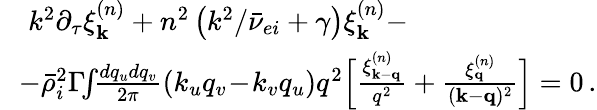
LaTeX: \begin{array}{rl}&{k^{2}\partial_{\tau}\xi_{\textbf{k}}^{(n)}+n^{2}\left(k^{2}/\bar{\nu}_{ei}+\gamma\right)\xi_{\textbf{k}}^{(n)}-}\\ &{\! \! -\bar{\rho}_{i}^{2}\Gamma\! \! \int\! \! \frac{dq_{u}dq_{v}}{2\pi}\left(k_{u}q_{v}\! -\! k_{v}q_{u}\right)q^{2}\Big[\frac{\xi_{\textbf{k}-\textbf{q}}^{(n)}}{q^{2}}+\frac{\xi_{\textbf{q}}^{(n)}}{(\textbf{k}-\textbf{q})^{2}}\Big]=0\, .}\end{array}